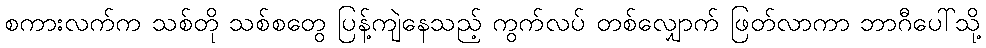
စကားလက်က သစ်တို သစ်စတွေ ပြန့်ကျဲနေသည့် ကွက်လပ် တစ်လျှောက် ဖြတ်လာကာ ဘာဂီပေါ်သို့